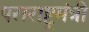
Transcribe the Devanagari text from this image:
पराराष्ट्रमंत्री